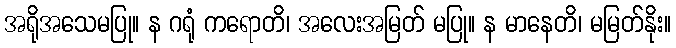
အရိုအသေမပြု။ န ဂရုံ ကရောတိ၊ အလေးအမြတ် မပြု။ န မာနေတိ၊ မမြတ်နိုး။